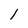
Character: 1